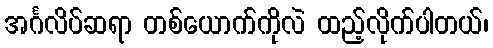
အင်္ဂလိပ်ဆရာ တစ်ယောက်ကိုလဲ ထည့်လိုက်ပါတယ်၊